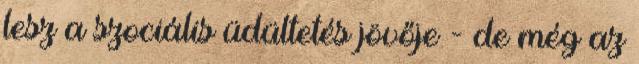
lesz a szociális üdültetés jövője - de még az